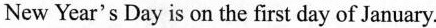
New Year's Day is on the first day of January.